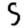
Digit: 5